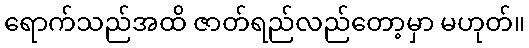
ရောက်သည်အထိ ဇာတ်ရည်လည်တော့မှာ မဟုတ်။